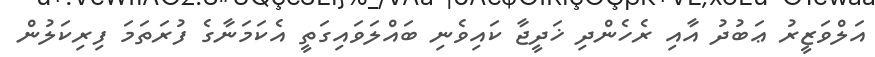
އަލްވަޒީރު ޢަބުދު އާއި ރެހެންދި ޚަދީޖާ ކައިވެނި ބައްލަވައިގަތީ އެކަމަނާގެ ފުރަތަމަ ފިރިކަލުން